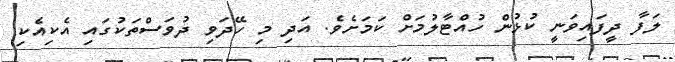
ލަފާ ދީފައިވަނީ ކުޅުން ހުއްޓާލުމަށް ކަމަށެވެ. އަދި މި ހޭދަވި ދުވަސްތަކުގައި އެކިއެކި